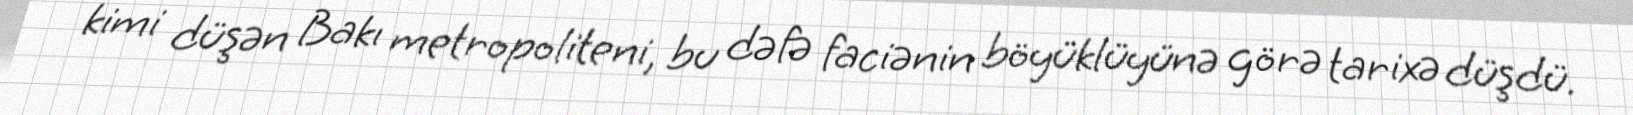
kimi düşən Bakı metropoliteni, bu dəfə faciənin böyüklüyünə görə tarixə düşdü.